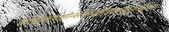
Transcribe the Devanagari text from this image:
एवंकृत्वाबलीन्सर्वान्क्षीरेणाभ्युक्ष्यवाग्यतः